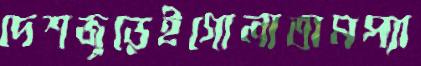
দেশজুড়েইগোলাতামপ্যা